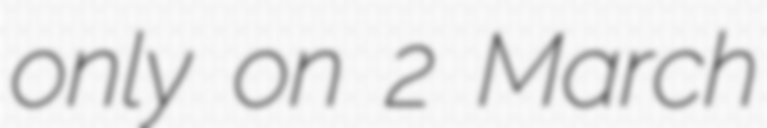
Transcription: only on 2 March